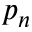
p _ { n }